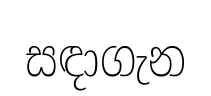
සඳාගැන